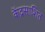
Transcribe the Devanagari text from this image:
केंद्रसाशित